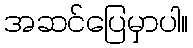
အဆင်ပြေမှာပါ။